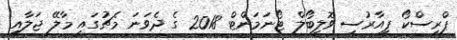
ޕްރިސްކޯ ޕީއާރުސީ ވޮލީބޯލް ޓޯނަމަންޓް 2018 ގެ ދެވަނަ މެޗުގައި މާލޭ ޖަލާއި